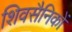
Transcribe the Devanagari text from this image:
शिवसैनिकों